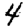
Digit: 4